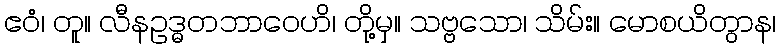
ဧဝံ၊ တူ။ လီနဥဒ္ဓတဘာဝေဟိ၊ တို့မှ။ သဗ္ဗသော၊ သိမ်း။ မောစယိတွာန၊